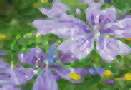
রোকরি